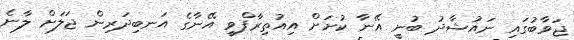
ޖަވާބުގައި ނައުޝާދު ބުނީ އޭނާ ކުށަށް އިއުތިރާފްވީ އޭނާގެ އަނބިދަރިން ޖަލަށް ލާނެ